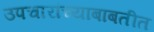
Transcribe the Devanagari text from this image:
उपचारांच्याबाबतीत